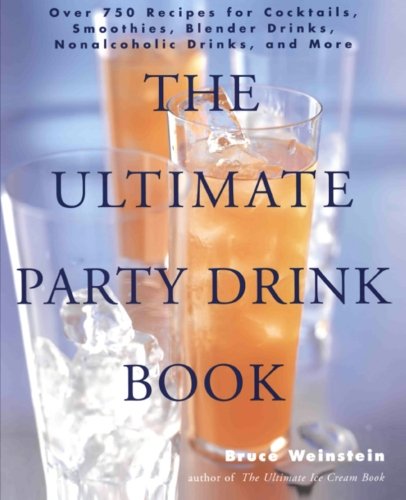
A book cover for The Ultimate Party Drink Book: Over 750 Recipes for Cocktails, Smoothies, Blender Drinks, Non-Alcoholic Drinks, and More; Bruce Weinstein; Cookbooks, Food & Wine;